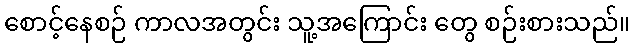
စောင့်နေစဉ် ကာလအတွင်း သူ့အကြောင်း တွေ စဉ်းစားသည်။